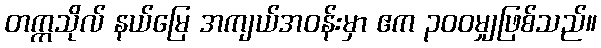
တက္ကသိုလ် နယ်မြေ အကျယ်အဝန်းမှာ ဧက ၃၀၀မျှဖြစ်သည်။